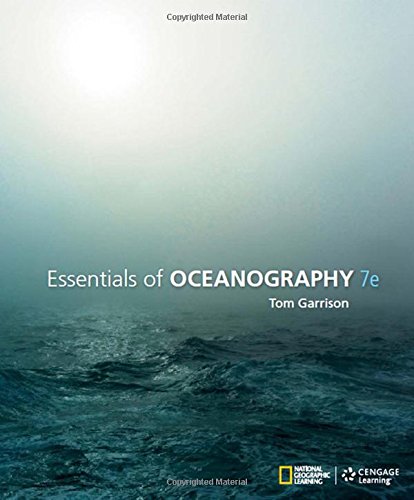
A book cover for Essentials of Oceanography; Tom S. Garrison; Science & Math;